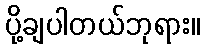
ပို့ချပါတယ်ဘုရား။